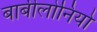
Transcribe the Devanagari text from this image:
बाबीलोनियो